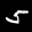
Label: 5